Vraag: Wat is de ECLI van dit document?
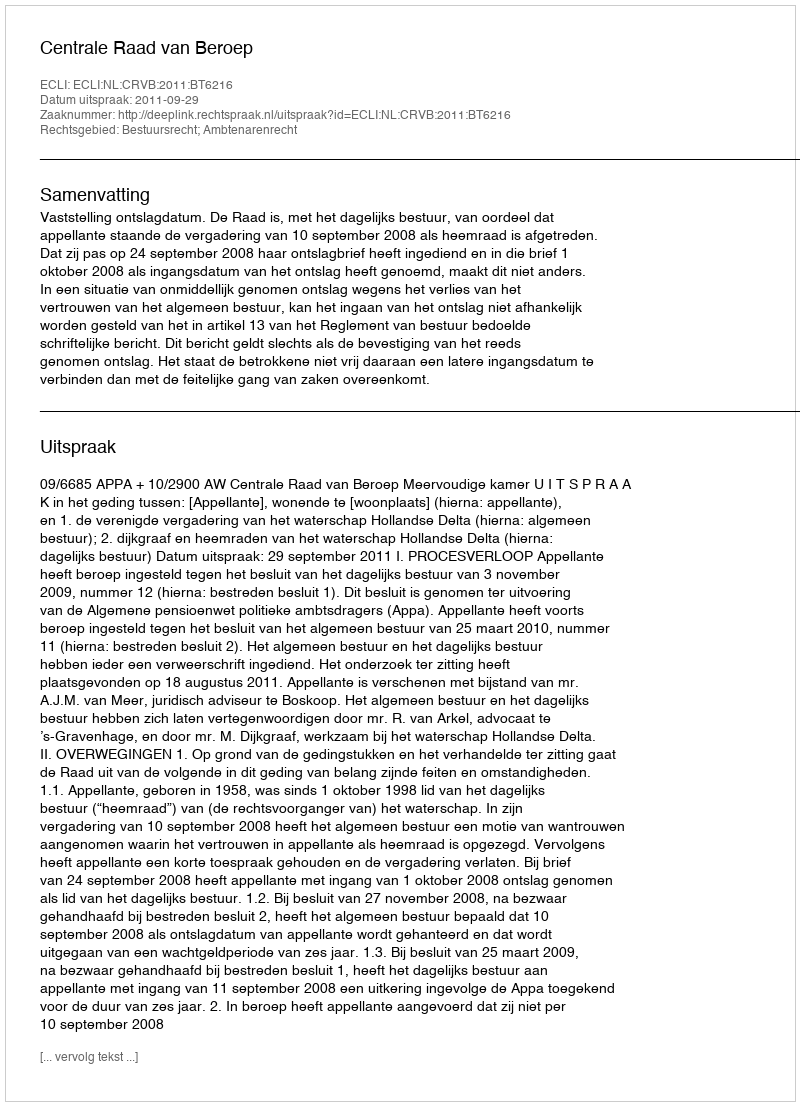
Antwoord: ECLI:NL:CRVB:2011:BT6216